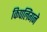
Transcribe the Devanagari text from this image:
किपलिंगने